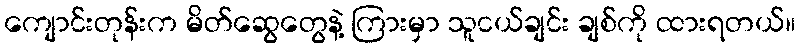
ကျောင်းတုန်းက မိတ်ဆွေတွေနဲ့ ကြားမှာ သူငယ်ချင်း ချစ်ကို ထားရတယ်။